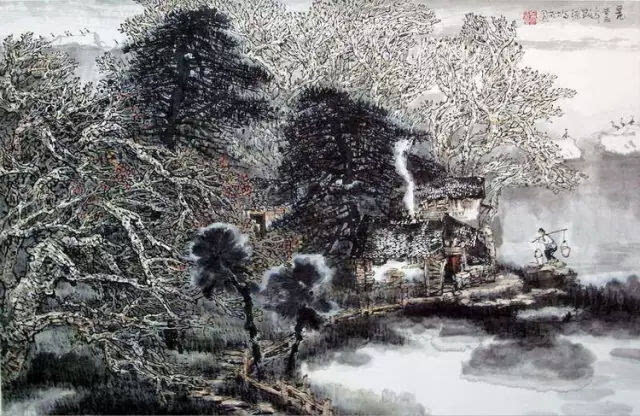
关山四面绝，故乡几千里。